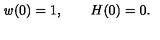
\ensuremath { \mathit { w } } ( 0 ) = 1 , \qquad H ( 0 ) = 0 .